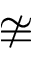
\ncong